Bréfritari: Sigurður Jónsson
Viðtakandi: Jón Borgfirðings Jónsson
Dagsetning: A-1863-10-24
Skrifað á: Möðrudal  N-Múl.

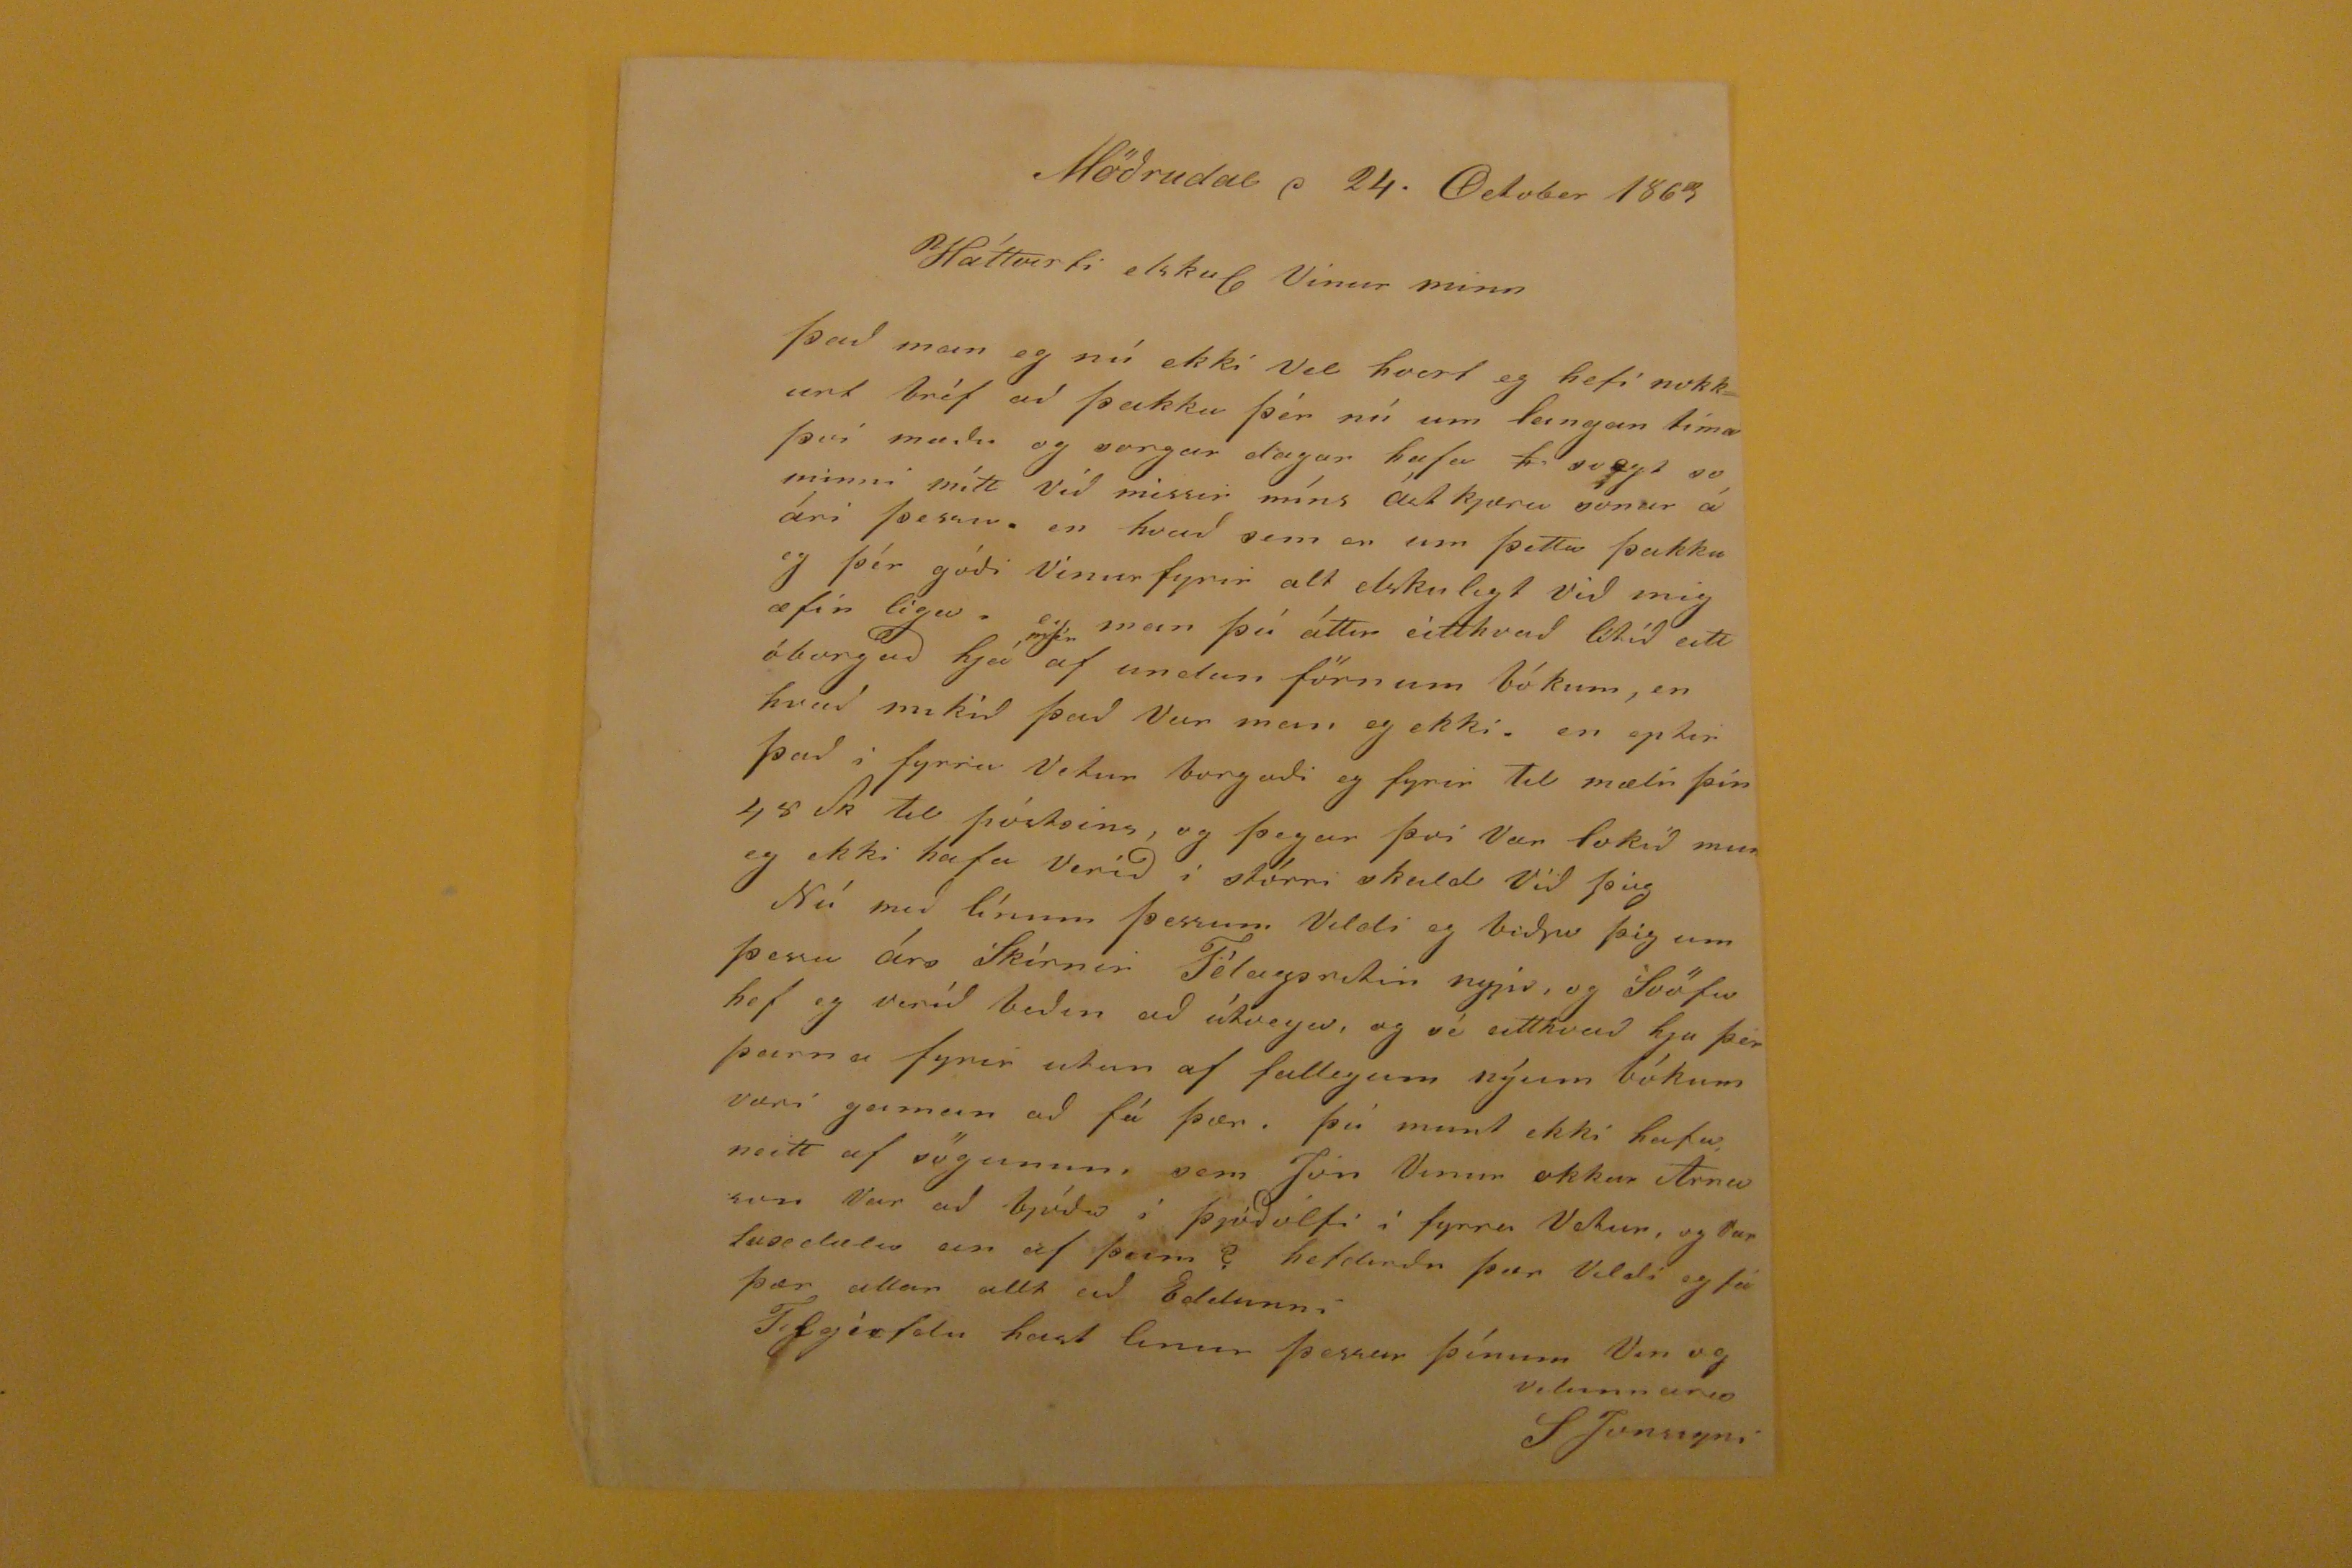

Möðrudal d 24. October 1863
Háttvirti elskul Vinur minn
Það man eg nú ekki vel hvert eg hefi nokkurt bréf að þakka þér nú um langan tíma því mæðu og sorgar dagar hafa
h
soegt
so minni mítt við simmri míns ástkjæra sonar á ári þessu en hvað sem er um þatta þakka eg þér góði Vinur fyrir alt elskulegt við mig æfin lega. eg man þú áttir eitthvað lítið eitt óborguð hjá
mér
af undan förnum bókum, en hvað mikið það Var man eg ekki. en eptir það í fyrra Vetur borgaði eg fyrir til mæli þín 48 sk til póstsins, og þegar því var lokið mun eg ekki hafa verið í stórri skuld við þig Nú með línum þessum Vildi eg biðja þig um þessu árs Skírnir Félagsritin nyju, og Svöfu hef eg veríð beðin að útvega, og sé eitthvað hja þer þarna fyrir utan af fallegum nýum bókum væri gaman að fá þær. þú mun ekki hafa neitt af sögunum sem Jón Vinur okkar Árnason Var að bjóða í Þjóðólfi í fyrra Vetur, og var
???
ein af þeim? heldurðu þær Vildi eg fá þær allar allt að Eddunni
Tilgéefdu hast linur þessar þínum Vin og velunnara
SJonssyni